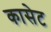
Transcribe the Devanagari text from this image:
कासेट